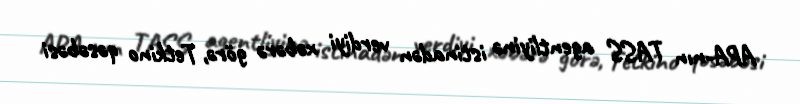
APA-nın TASS agentliyinə istinadən verdiyi xəbərə görə, Tetkino qəsəbəsi